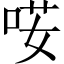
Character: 𠴑